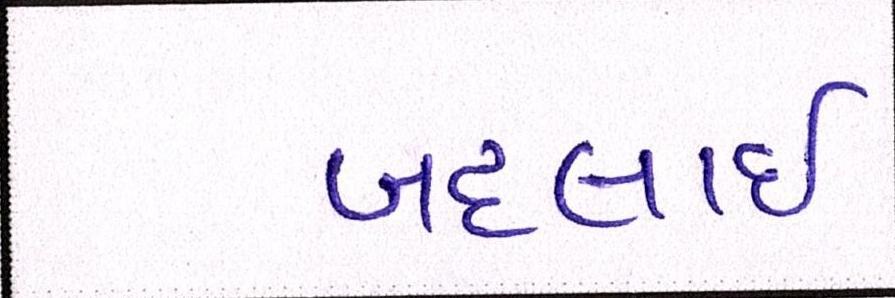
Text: બદલાઈ